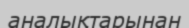
аналықтарынан